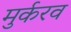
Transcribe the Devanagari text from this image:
मुर्करव